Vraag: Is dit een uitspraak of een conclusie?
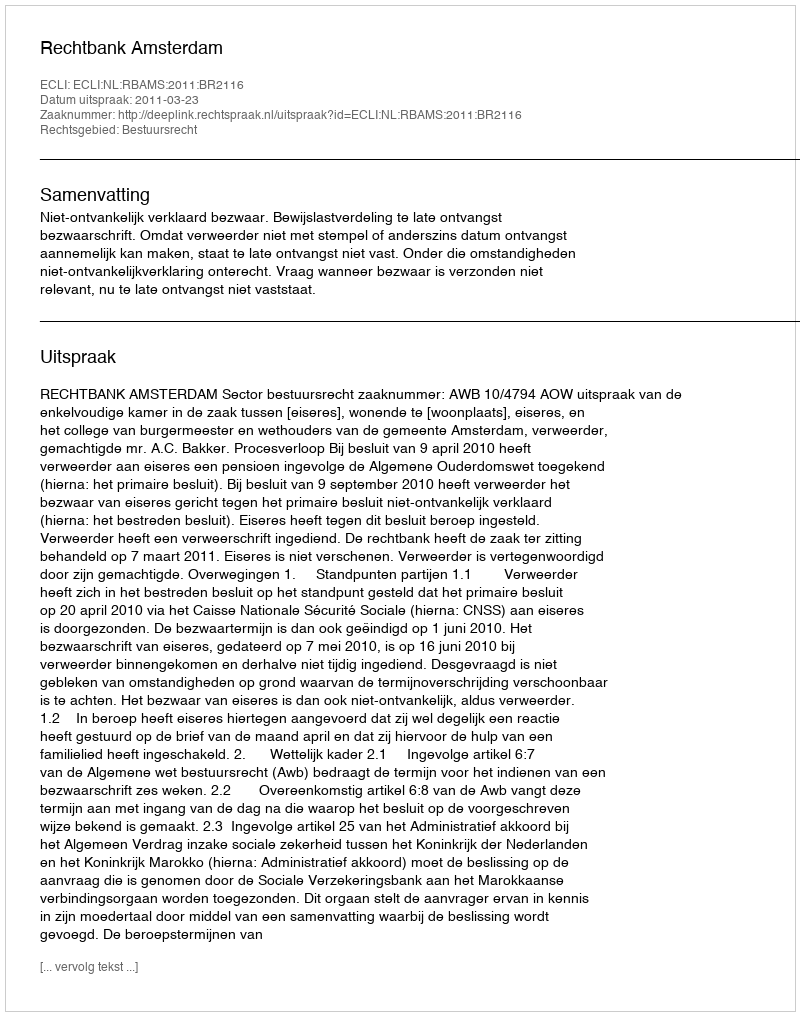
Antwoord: Uitspraak